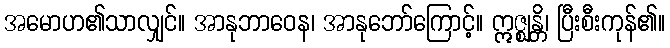
အမောဟ၏သာလျှင်။ အာနုဘာဝေန၊ အာနုဘော်ကြောင့်။ ဣဇ္ဈန္တိ၊ ပြီးစီးကုန်၏။